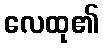
လေထု၏